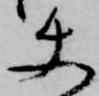
使